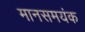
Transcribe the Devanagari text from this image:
मानसमयंक